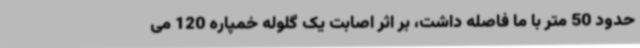
حدود 50 متر با ما فاصله داشت، بر اثر اصابت یک گلوله خمپاره 120 می